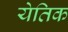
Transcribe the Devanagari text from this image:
येतिक